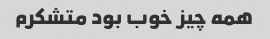
همه چیز خوب بود متشکرم